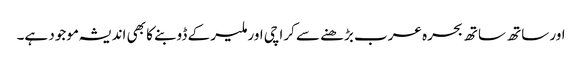
اور ساتھ ساتھ بحرہ عرب بڑھنے سے کراچی اور ملیر کے ڈوبنے کا بھی اندیشہ موجود ہے۔